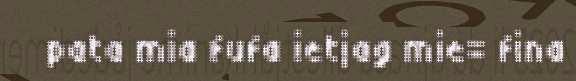
pata mia fufa ietjag mie= fina